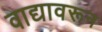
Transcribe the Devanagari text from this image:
वाद्यावरून